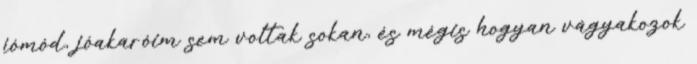
jómód, jóakaróim sem voltak sokan, és mégis hogyan vágyakozok